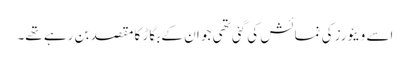
اسے ویئورز کی نمائش کی گئی تھی جو ان کے بگاڑ کا مقصد بن رہے تھے۔